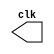

// ---------------------------
// Nome: Felipe Augusto Torres
// ---------------------------


// --------------------- 
// modules
// ---------------------

module clock (clk); 
output clk; 
reg clk;
 
initial 
begin 
clk = 1'b0; 
end 

always 
begin 
#6 clk = ~clk; 
end 

endmodule 

module pulse (signal, clock); 
input clock; 
output signal; 
reg signal; 

always @ (clock) 
begin 
signal =  1'b0; 
#12 signal = 1'b1; 
#12 signal = 1'b0; 
end 

endmodule 


// --------------------- 
// Exercicio0901
// ---------------------
 
module Exercicio0901; 
wire clk; 
clock clk1 (clk); 
wire p1; 
pulse pulse1 (p1, clk);  
 

initial begin 
$display("Exercicio 0901");
$display("Felipe Augusto - 415517");
$dumpfile ( "Exercicio01.vcd" ); 
$dumpvars ( 1, clk, p1 ); 
#100 $finish; 
end 

endmodule